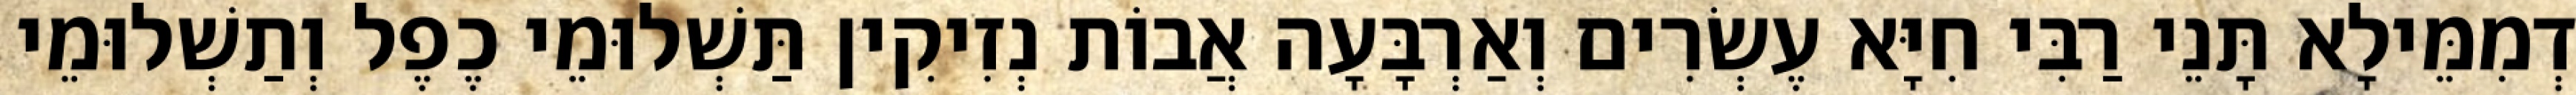
דְמִמֵּילָא תָּנֵי רַבִּי חִיָּא עֶשְׂרִים וְאַרְבָּעָה אֲבוֹת נְזִיקִין תַּשְׁלוּמֵי כֶפֶל וְתַשְׁלוּמֵי